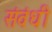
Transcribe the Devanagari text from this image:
संवंधी